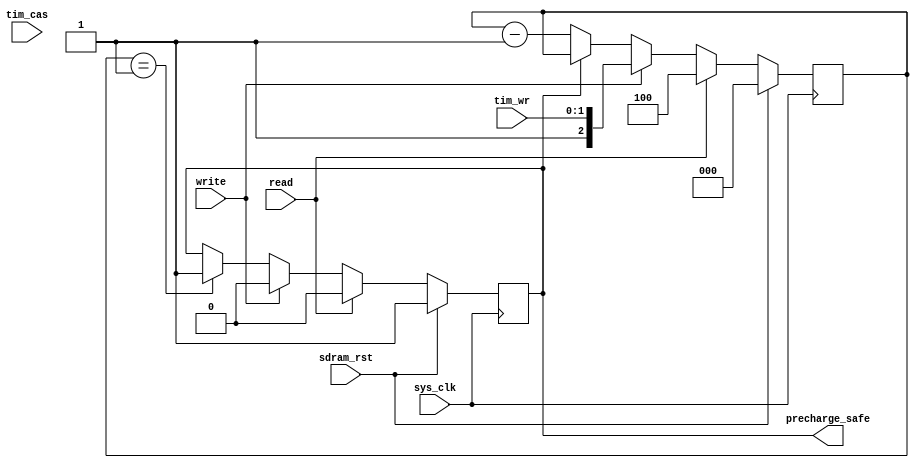
module hpdmc_banktimer(
	input sys_clk,
	input sdram_rst,
	
	input tim_cas,
	input [1:0] tim_wr,
	
	input read,
	input write,
	output reg precharge_safe
);

reg [2:0] counter;
always @(posedge sys_clk) begin
	if(sdram_rst) begin
		counter <= 3'd0;
		precharge_safe <= 1'b1;
	end else begin
		if(read) begin
			/* see p.26 of datasheet :
			 * "A Read burst may be followed by, or truncated with, a Precharge command
			 * to the same bank. The Precharge command should be issued x cycles after
			 * the Read command, where x equals the number of desired data element
			 * pairs"
			 */
			counter <= 3'd4;
			precharge_safe <= 1'b0;
		end else if(write) begin
			counter <= {1'b1, tim_wr};
			precharge_safe <= 1'b0;
		end else begin
			if(counter == 3'b1)
				precharge_safe <= 1'b1;
			if(~precharge_safe)
				counter <= counter - 3'b1;
		end
	end
end

endmodule